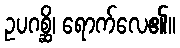
ဥပဂစ္ဆိ၊ ရောက်လေ၏။